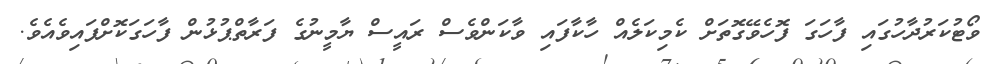
ވޯޓުކަރުދާހުގައި ފާހަގަ ފޮހެވޭގޮތަށް ކެމިކަލެއް ހާކާފައި ވާކަންވެސް ރައީސް ޔާމީނުގެ ފަރާތްޕުޅުން ފާހަގަކޮށްފައިވެއެވެ.